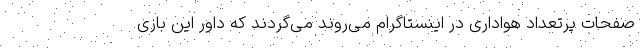
صفحات پرتعداد هواداری در اینستاگرام می‌روند می‌گردند که داور این بازی